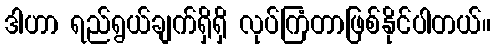
ဒါဟာ ရည်ရွယ်ချက်ရှိရှိ လုပ်ကြံတာဖြစ်နိုင်ပါတယ်။